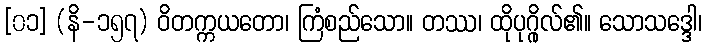
[၀၁] (နိ-၁၅၇) ဝိတက္ကယတော၊ ကြံစည်သော။ တဿ၊ ထိုပုဂ္ဂိုလ်၏။ သောသဒ္ဒေါ၊